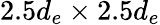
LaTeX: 2.5d_{e}\times 2.5d_{e}